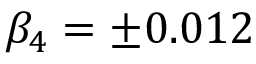
\beta _ { 4 } = \pm 0 . 0 1 2